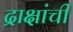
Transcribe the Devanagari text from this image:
द्राक्षांची